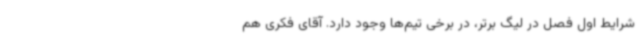
شرایط اول فصل در لیگ برتر، در برخی تیم‌ها وجود دارد. آقای فکری هم